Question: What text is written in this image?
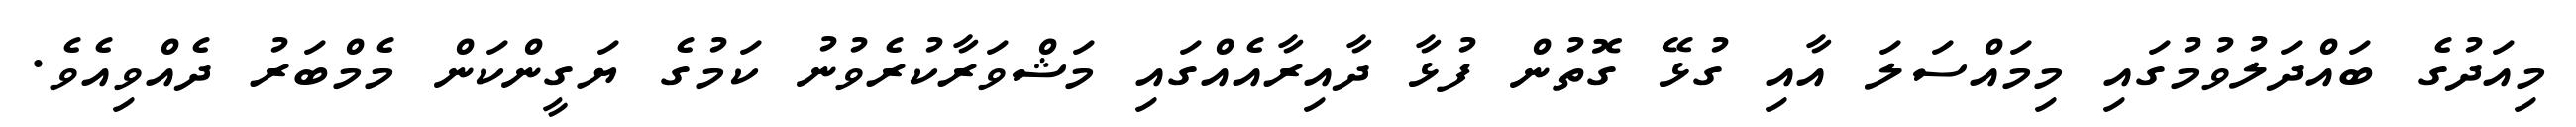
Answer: މިއަދުގެ ބައްދަލުވުމުގައި މިމައްސަލަ އާއި ގުޅޭ ގޮތުން ފުޅާ ދާއިރާއެއްގައި މަޝްވަރާކުރެވުނު ކަމުގެ ޔަގީންކަން މެމްބަރު ދެއްވިއެވެ.